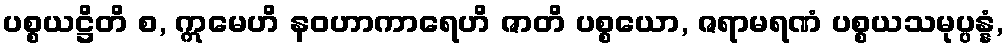
ပစ္စယဋ္ဌိတိ စ, ဣမေဟိ နဝဟာကာရေဟိ ဇာတိ ပစ္စယော, ဇရာမရဏံ ပစ္စယသမုပ္ပန္နံ,